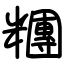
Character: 糰